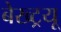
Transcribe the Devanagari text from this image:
बेख्ट्रयू